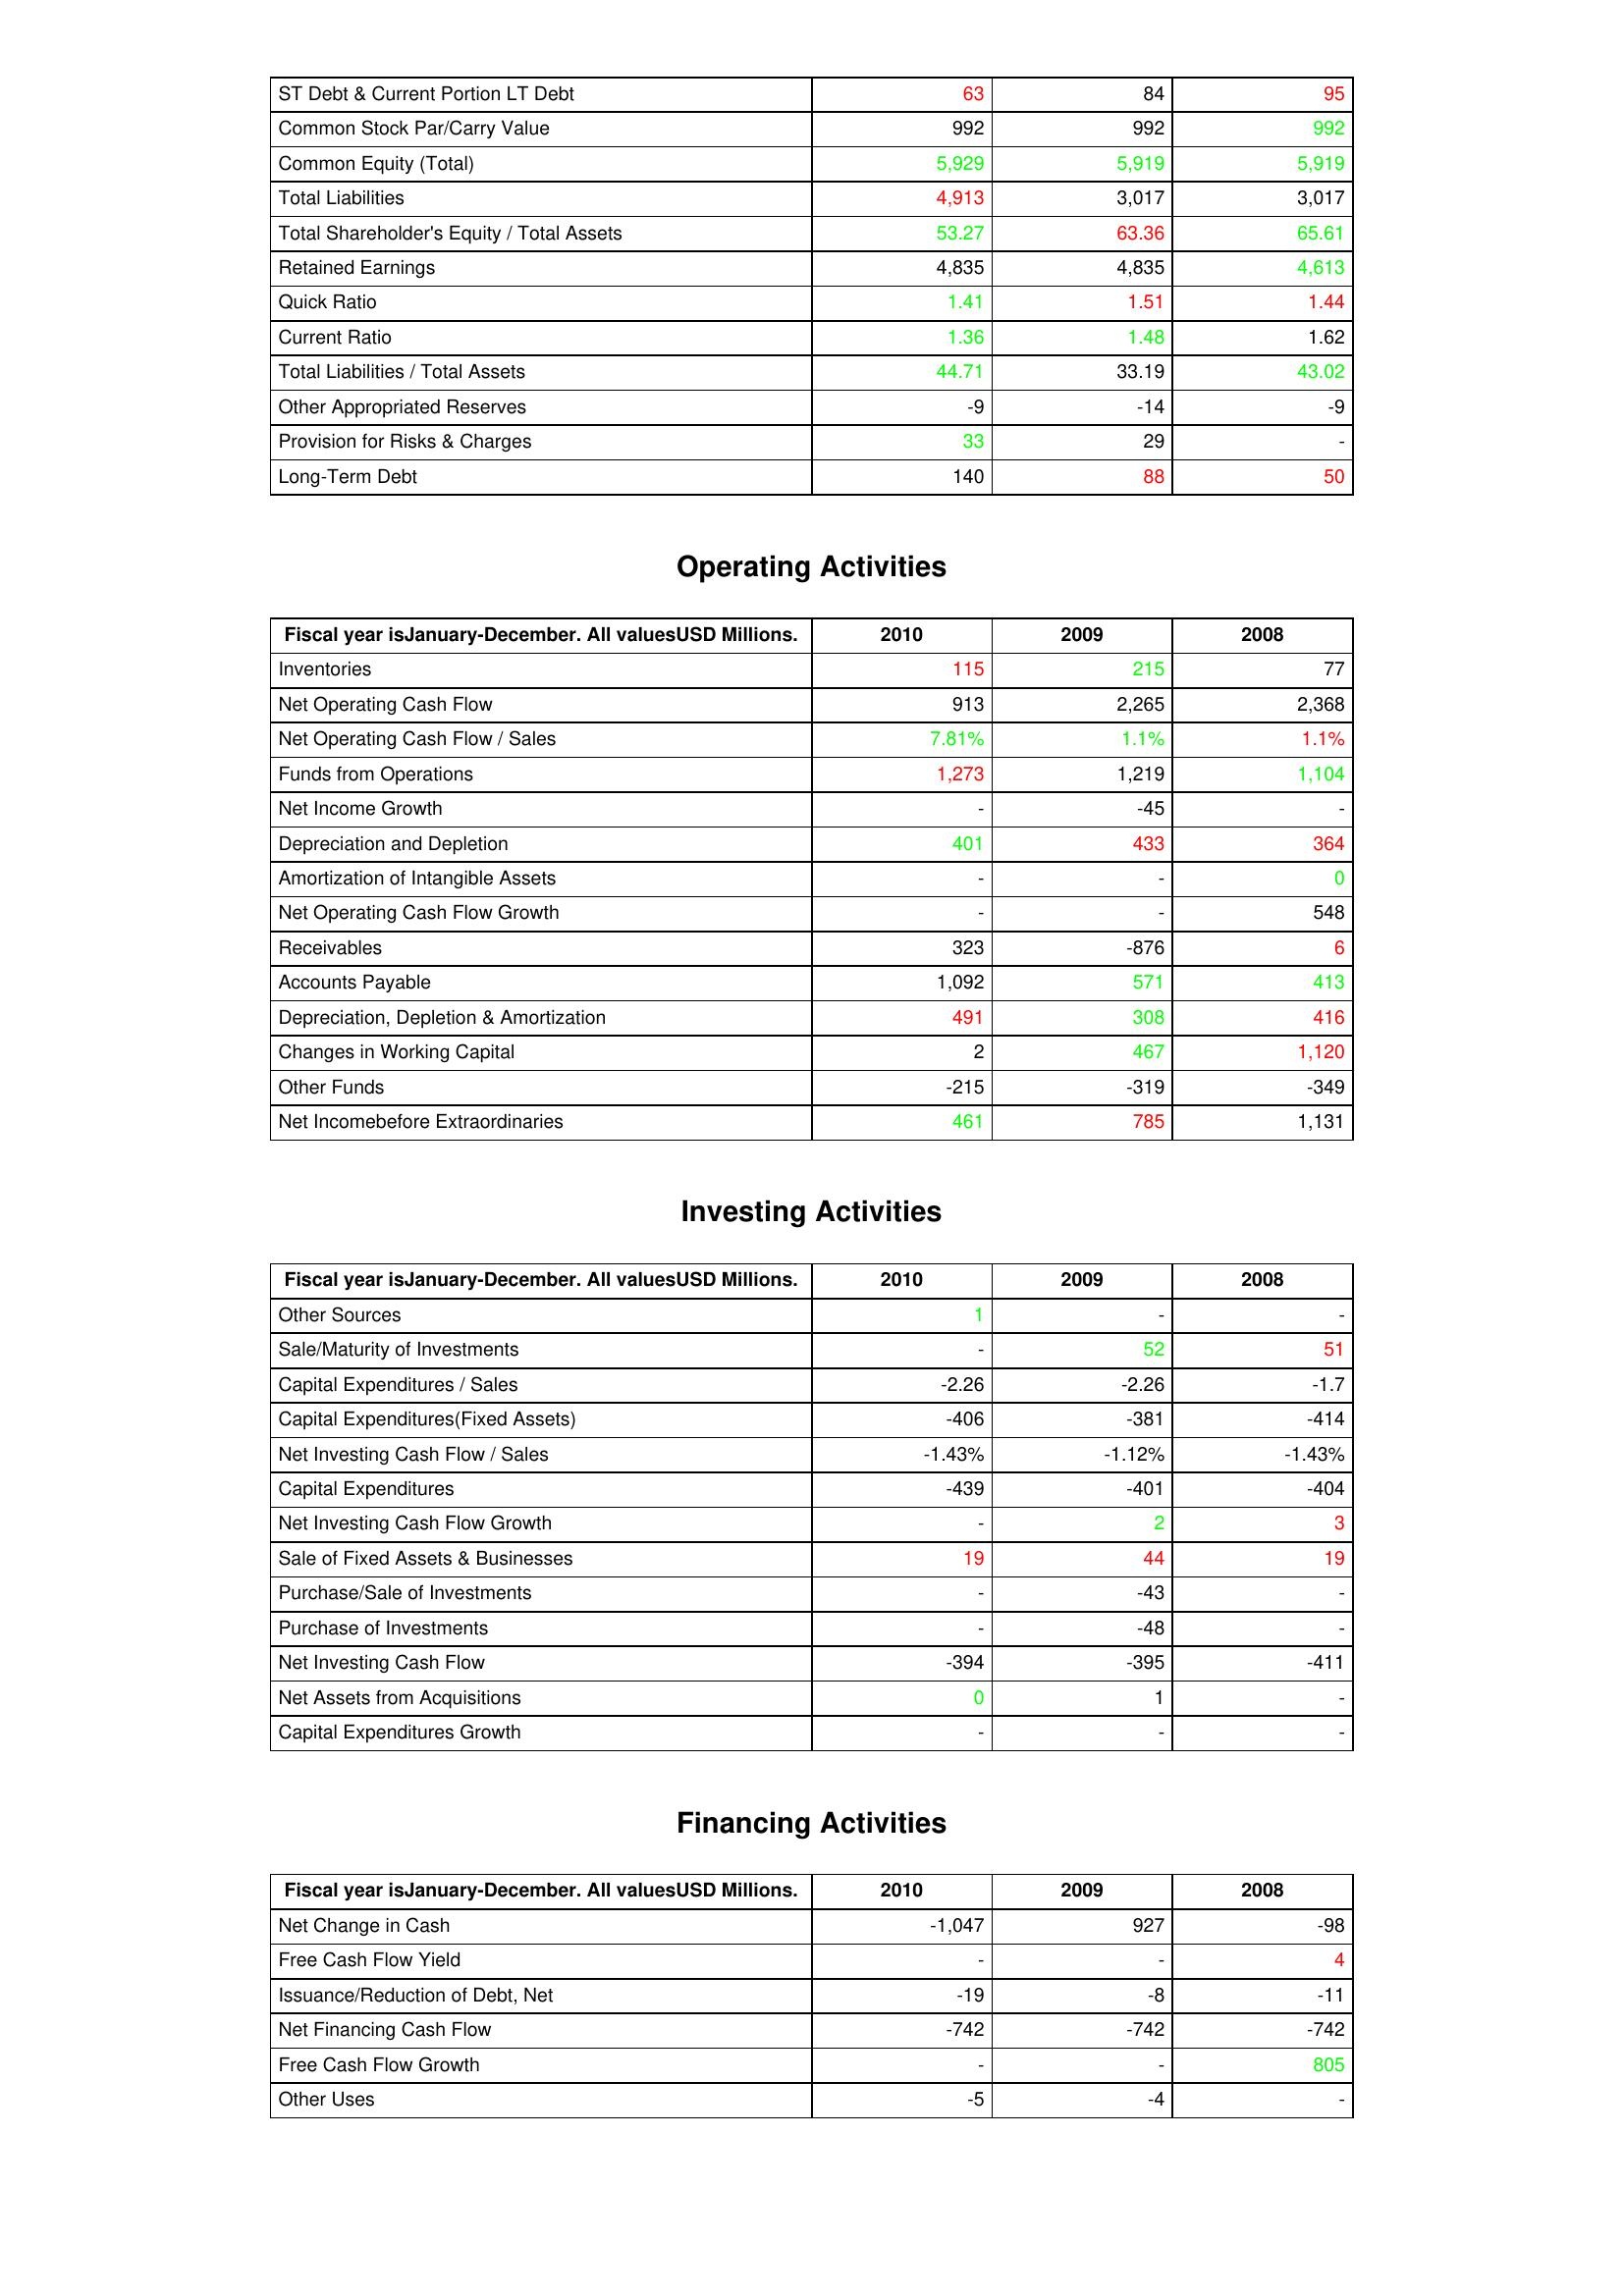
gt_parse: 2010: Liabilities & Shareholder's Equity: ST Debt & Current Portion LT Debt: 63
Common Stock Par/Carry Value: 992
Common Equity (Total): 5,929
Total Liabilities: 4,913
Total Shareholder's Equity / Total Assets: 53.27
Retained Earnings: 4,835
Quick Ratio: 1.41
Current Ratio: 1.36
Total Liabilities / Total Assets: 44.71
Other Appropriated Reserves: -9
Provision for Risks & Charges: 33
Long-Term Debt: 140
Operating Activities: Inventories: 115
Net Operating Cash Flow: 913
Net Operating Cash Flow / Sales: 7.81%
Funds from Operations: 1,273
Net Income Growth: -
Depreciation and Depletion: 401
Amortization of Intangible Assets: -
Net Operating Cash Flow Growth: -
Receivables: 323
Accounts Payable: 1,092
Depreciation, Depletion & Amortization: 491
Changes in Working Capital: 2
Other Funds: -215
Net Incomebefore Extraordinaries: 461
Investing Activities: Other Sources: 1
Sale/Maturity of Investments: -
Capital Expenditures / Sales: -2.26
Capital Expenditures(Fixed Assets): -406
Net Investing Cash Flow / Sales: -1.43%
Capital Expenditures: -439
Net Investing Cash Flow Growth: -
Sale of Fixed Assets & Businesses: 19
Purchase/Sale of Investments: -
Purchase of Investments: -
Net Investing Cash Flow: -394
Net Assets from Acquisitions: 0
Capital Expenditures Growth: -
Financing Activities: Net Change in Cash: -1,047
Free Cash Flow Yield: -
Issuance/Reduction of Debt, Net: -19
Net Financing Cash Flow: -742
Free Cash Flow Growth: -
Other Uses: -5
2009: Liabilities & Shareholder's Equity: ST Debt & Current Portion LT Debt: 84
Common Stock Par/Carry Value: 992
Common Equity (Total): 5,919
Total Liabilities: 3,017
Total Shareholder's Equity / Total Assets: 63.36
Retained Earnings: 4,835
Quick Ratio: 1.51
Current Ratio: 1.48
Total Liabilities / Total Assets: 33.19
Other Appropriated Reserves: -14
Provision for Risks & Charges: 29
Long-Term Debt: 88
Operating Activities: Inventories: 215
Net Operating Cash Flow: 2,265
Net Operating Cash Flow / Sales: 1.1%
Funds from Operations: 1,219
Net Income Growth: -45
Depreciation and Depletion: 433
Amortization of Intangible Assets: -
Net Operating Cash Flow Growth: -
Receivables: -876
Accounts Payable: 571
Depreciation, Depletion & Amortization: 308
Changes in Working Capital: 467
Other Funds: -319
Net Incomebefore Extraordinaries: 785
Investing Activities: Other Sources: -
Sale/Maturity of Investments: 52
Capital Expenditures / Sales: -2.26
Capital Expenditures(Fixed Assets): -381
Net Investing Cash Flow / Sales: -1.12%
Capital Expenditures: -401
Net Investing Cash Flow Growth: 2
Sale of Fixed Assets & Businesses: 44
Purchase/Sale of Investments: -43
Purchase of Investments: -48
Net Investing Cash Flow: -395
Net Assets from Acquisitions: 1
Capital Expenditures Growth: -
Financing Activities: Net Change in Cash: 927
Free Cash Flow Yield: -
Issuance/Reduction of Debt, Net: -8
Net Financing Cash Flow: -742
Free Cash Flow Growth: -
Other Uses: -4
2008: Liabilities & Shareholder's Equity: ST Debt & Current Portion LT Debt: 95
Common Stock Par/Carry Value: 992
Common Equity (Total): 5,919
Total Liabilities: 3,017
Total Shareholder's Equity / Total Assets: 65.61
Retained Earnings: 4,613
Quick Ratio: 1.44
Current Ratio: 1.62
Total Liabilities / Total Assets: 43.02
Other Appropriated Reserves: -9
Provision for Risks & Charges: -
Long-Term Debt: 50
Operating Activities: Inventories: 77
Net Operating Cash Flow: 2,368
Net Operating Cash Flow / Sales: 1.1%
Funds from Operations: 1,104
Net Income Growth: -
Depreciation and Depletion: 364
Amortization of Intangible Assets: 0
Net Operating Cash Flow Growth: 548
Receivables: 6
Accounts Payable: 413
Depreciation, Depletion & Amortization: 416
Changes in Working Capital: 1,120
Other Funds: -349
Net Incomebefore Extraordinaries: 1,131
Investing Activities: Other Sources: -
Sale/Maturity of Investments: 51
Capital Expenditures / Sales: -1.7
Capital Expenditures(Fixed Assets): -414
Net Investing Cash Flow / Sales: -1.43%
Capital Expenditures: -404
Net Investing Cash Flow Growth: 3
Sale of Fixed Assets & Businesses: 19
Purchase/Sale of Investments: -
Purchase of Investments: -
Net Investing Cash Flow: -411
Net Assets from Acquisitions: -
Capital Expenditures Growth: -
Financing Activities: Net Change in Cash: -98
Free Cash Flow Yield: 4
Issuance/Reduction of Debt, Net: -11
Net Financing Cash Flow: -742
Free Cash Flow Growth: 805
Other Uses: -